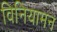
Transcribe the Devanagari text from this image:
विनियामन